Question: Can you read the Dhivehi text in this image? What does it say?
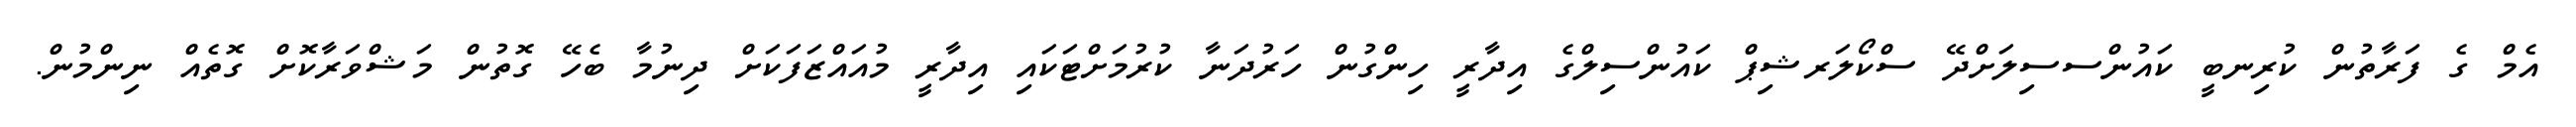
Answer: އެމް ގެ ފަރާތުން ކުރިނބީ ކައުންސސިލަށްދޭ ސްކޯލަރޝިޕް ކައުންސިލްގެ އިދާރީ ހިންގުން ހަރުދަނާ ކުރުމަށްޓަކައި އިދާރީ މުއައްޒަފަކަށް ދިނުމާ ބެހޭ ގޮތުން މަޝްވަރާކޮށް ގޮތެއް ނިންމުން.